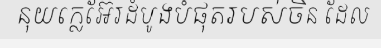
នុយក្លេអ៊ែរដំបូងបំផុតរបស់ចិន ដែល